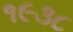
૧૯૩૮